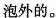
泡外的。